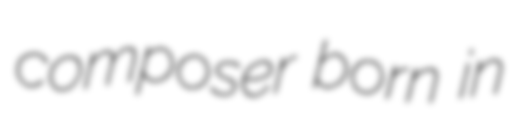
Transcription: composer born in